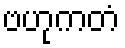
ဗဟုကတံ